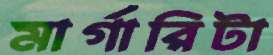
মার্গারিটা